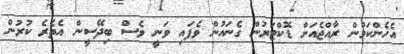
އެހެންކަމުން ރާއްޖެއަށް ޑޮކްޓަރުން ގެނައުން ވެފައި ވަނީ ވެސް ބިދޭސީން އެތެރެ ކުރުން